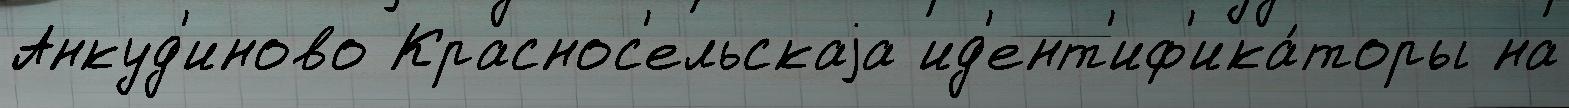
Анкуд'иново Краснос'ельскаjа ид'ент'иф'ика́торы на